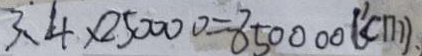
3 . 4 \times 2 5 0 0 0 0 = 8 5 0 0 0 0 ( c m ) .